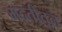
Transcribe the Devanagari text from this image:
मदतीतून